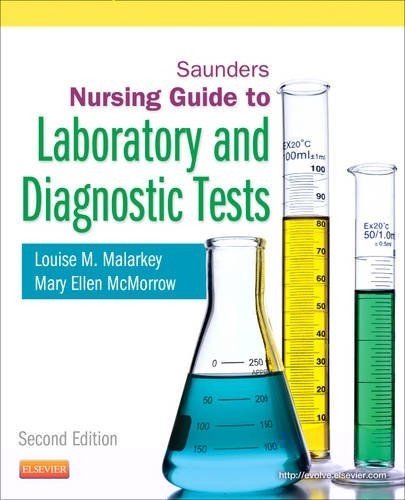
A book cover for Saunders Nursing Guide to Laboratory and Diagnostic Tests, 2e (Saunders Nurses' Guide to Laboratory & Diagnostic Tests); Louise M. Malarkey EdD  RN; Medical Books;